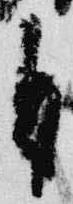
自